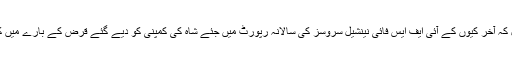
کھنڈوالا سے خاص طور پر پوچھے گئے سوال کہ آخر کیوں کے آئی ایف ایس فائی نینشیل سروسز کی سالانہ رپورٹ میں جئے شاہ کی کمپنی کو دیے گئے قرض کے بارے میں کوئی ذکر نہیں کیا گیا، کا کوئی جواب نہیں ملا۔